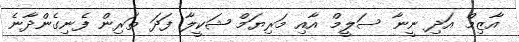
އާޒިމް އަދި ނީނާ ސަލީމް އާއި މަރިޔަމް ޝަކީލާ ފަދަ ތަރިން ފެނިގެންދާނެ